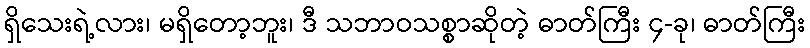
ရှိသေးရဲ့လား၊ မရှိတော့ဘူး၊ ဒီ သဘာဝသစ္စာဆိုတဲ့ ဓာတ်ကြီး ၄-ခု၊ ဓာတ်ကြီး